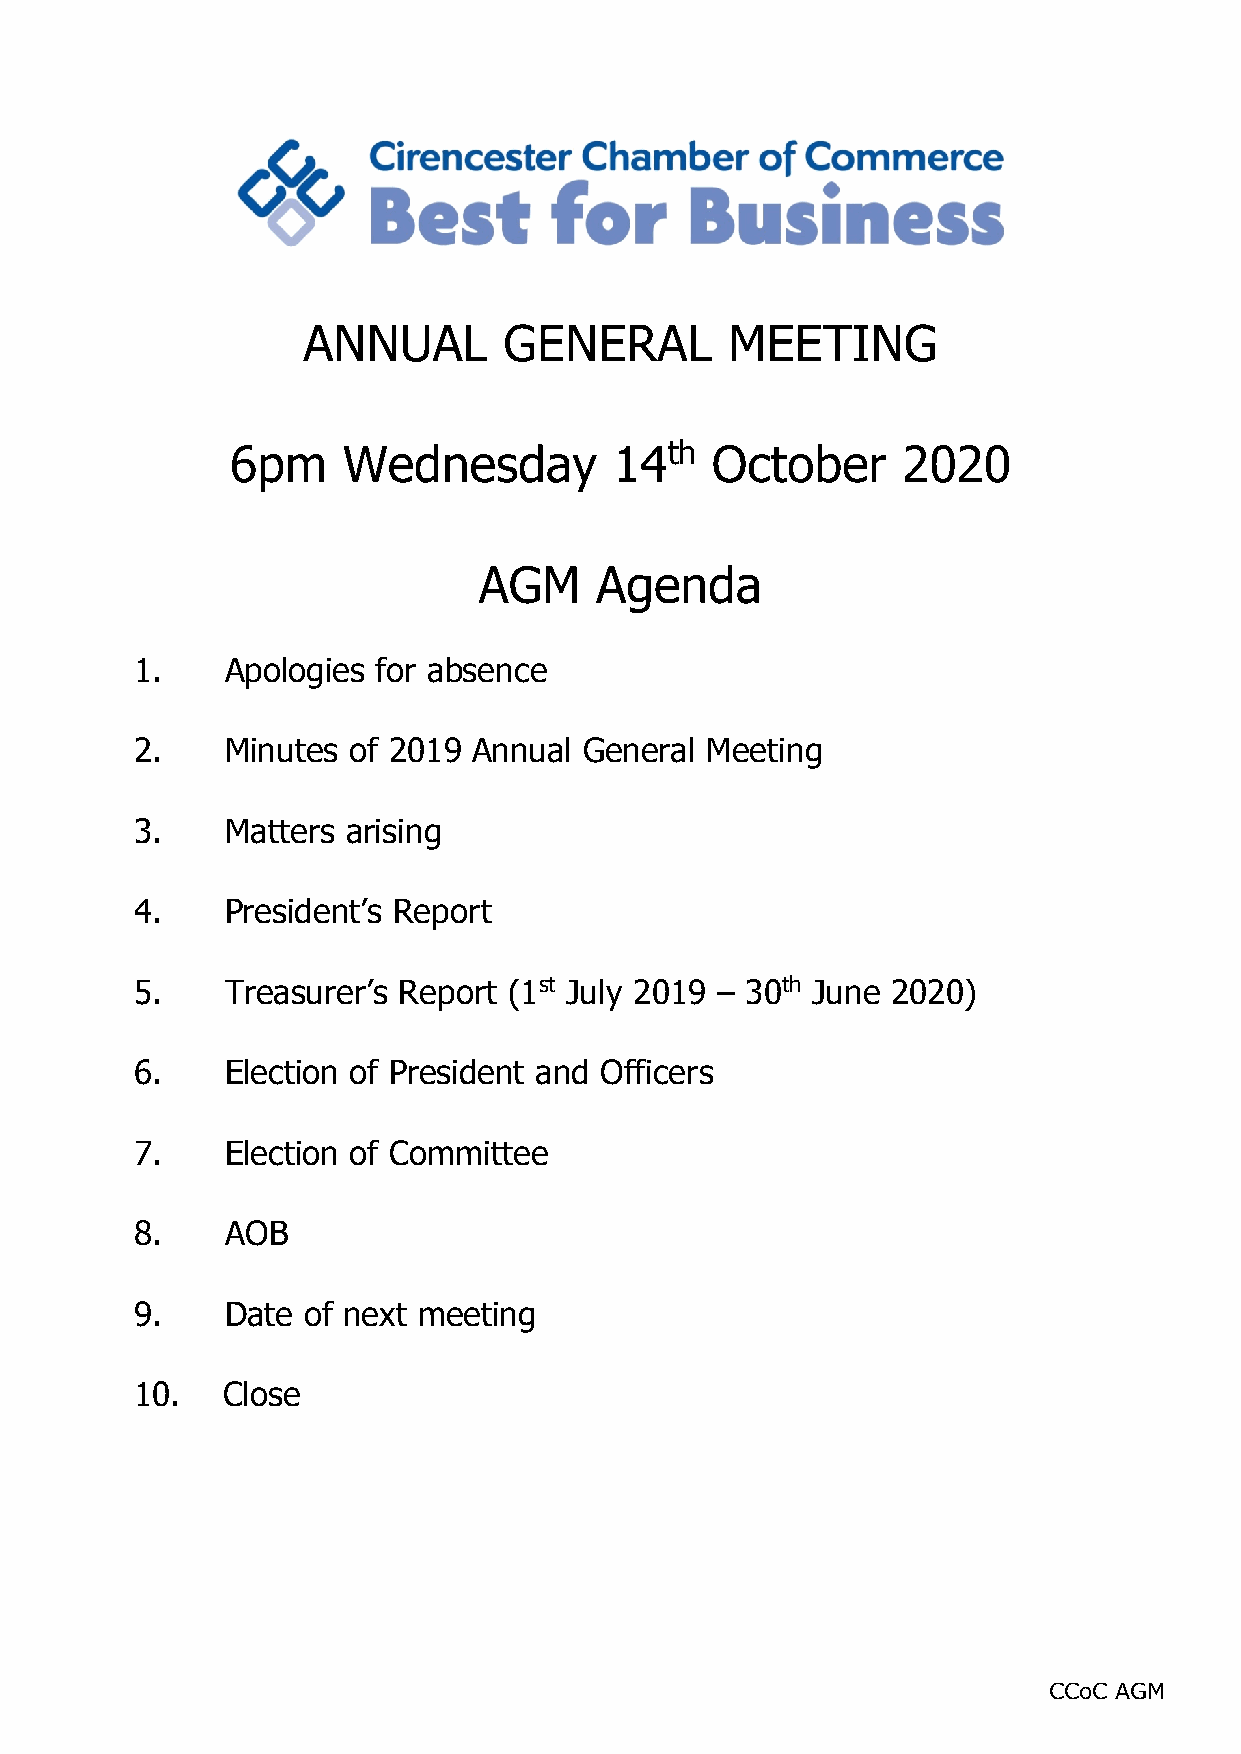
ANNUAL       GENERAL        MEETING
 th
 6pm     Wednesday         14    October      2020
 AGM    Agenda
 1.    Apologies for absence
 2.    Minutes of 2019 Annual  General Meeting
 3.    Matters arising
 4.    President’s Report
 5.    Treasurer’s Report (1st July 2019 – 30th June 2020)
 6.    Election of President and Officers
 7.    Election of Committee
 8.    AOB
 9.    Date of next meeting
 10.   Close
 CCoC AGM